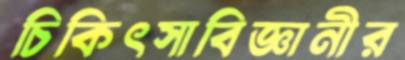
চিকিৎসাবিজ্ঞানীর